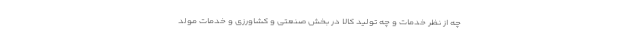
چه از نظر خدمات و چه تولید کالا در بخش صنعتی و کشاورزی و خدمات مولد